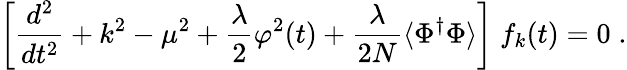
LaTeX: \left[\frac{d^{2}}{dt^{2}}+k^{2}-\mu^{2}+\frac{\lambda}{2}\varphi^{2}(t)+\frac{\lambda}{2N}\langle\Phi^{\dagger}\Phi\rangle\right]\; f_{k}(t)=0\; .